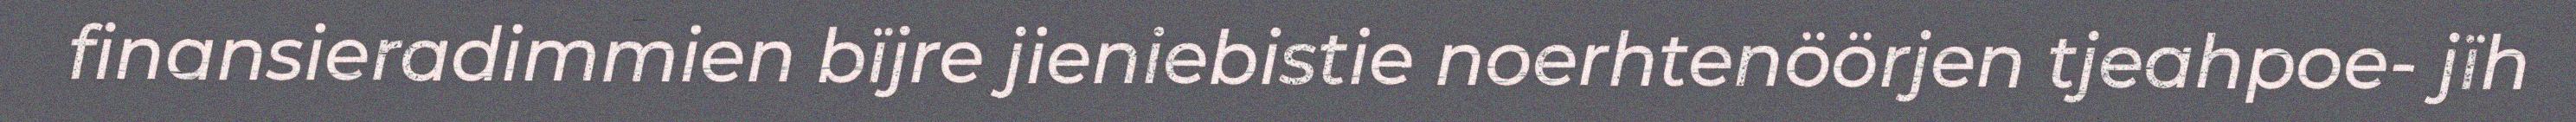
finansieradimmien bïjre jieniebistie noerhtenöörjen tjeahpoe- jïh